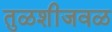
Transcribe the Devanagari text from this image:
तुळशीजवळ